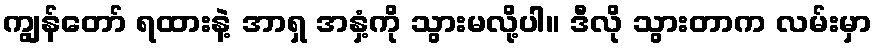
ကျွန်တော် ရထားနဲ့ အာရှ အနှံ့ကို သွားမလို့ပါ။ ဒီလို သွားတာက လမ်းမှာ